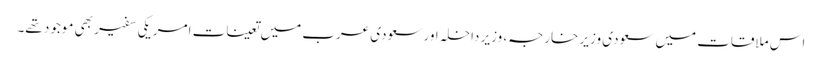
اس ملاقات میں سعودی وزیر خارجہ، وزیر داخلہ اور سعودی عرب میں تعینات امریکی سفیر بھی موجود تھے۔